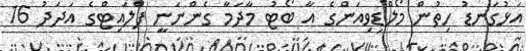
އަޅުގަނޑު ހިތުން މޯލްޑިވިއަންގެ އާ ބޯޓު މާދަމާ ގެންނަނީ ފްލައިޓްގެ އަދަދު 16